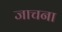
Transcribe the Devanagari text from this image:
जाचना